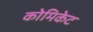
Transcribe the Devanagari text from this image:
कोमिकेट